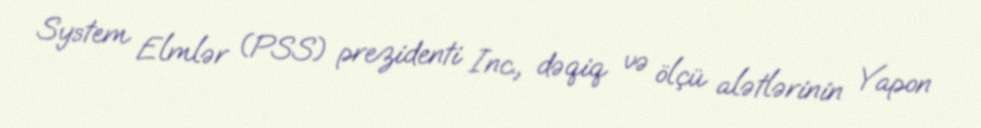
System Elmlər (PSS) prezidenti Inc., dəqiq və ölçü alətlərinin Yapon